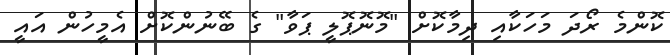
ކޮންމެ ރޯދަ މަހަކާއި ދިމާކޮށް "މޮނޮޕޮލީ ޕަވާ" ގެ ބޭނުންކޮށް އެމީހުން އައީ